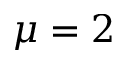
\mu = 2